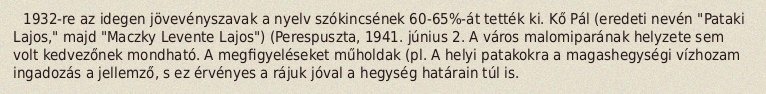
1932-re az idegen jövevényszavak a nyelv szókincsének 60-65%-át tették ki. Kő Pál (eredeti nevén "Pataki Lajos," majd "Maczky Levente Lajos") (Perespuszta, 1941. június 2. A város malomiparának helyzete sem volt kedvezőnek mondható. A megfigyeléseket műholdak (pl. A helyi patakokra a magashegységi vízhozam ingadozás a jellemző, s ez érvényes a rájuk jóval a hegység határain túl is.